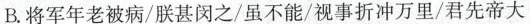
B.将军年老被病/朕甚闵之/虽不能/视事折冲万里/君先帝大